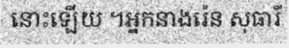
នោះឡើយ ។អ្នកនាងរ៉េន សុធារី